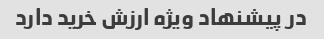
در پیشنهاد ویژه ارزش خرید دارد